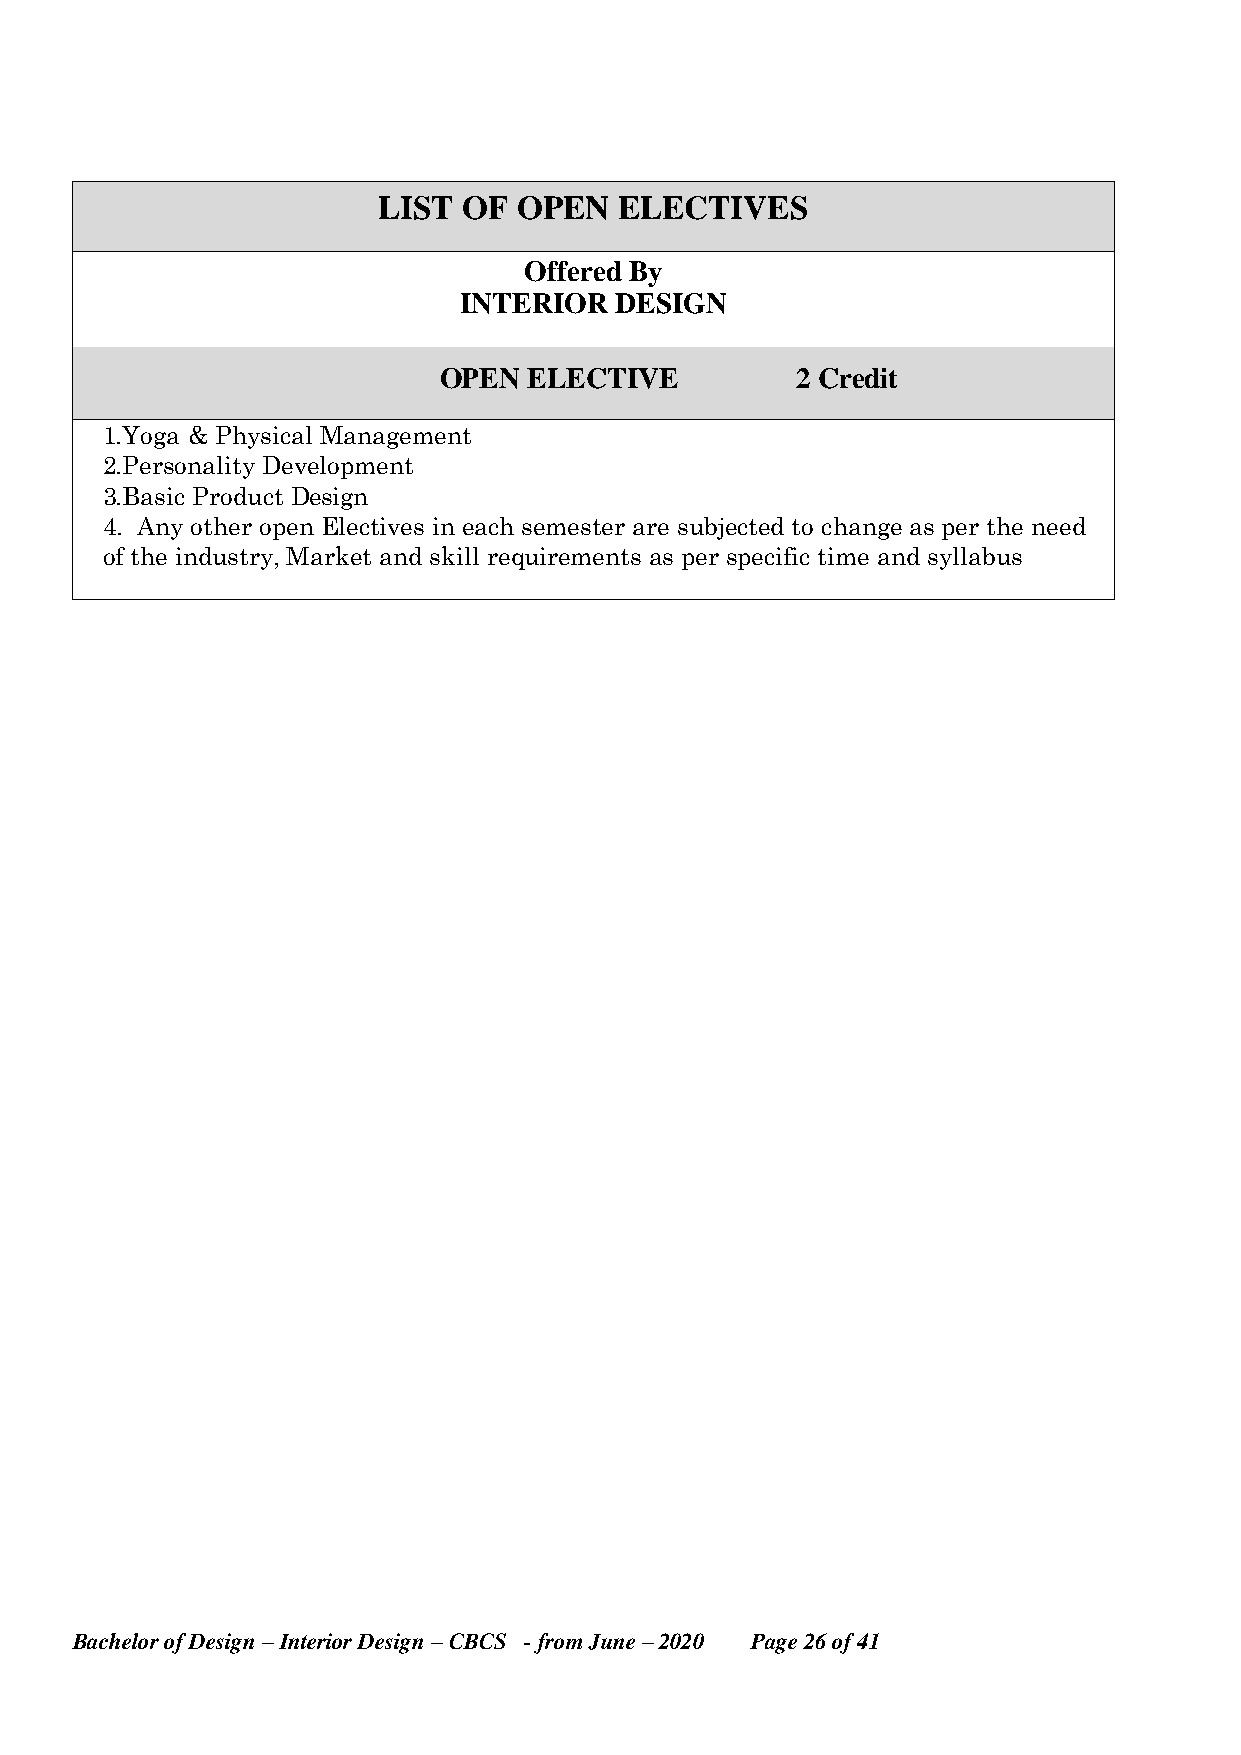
LIST  OF OPEN   ELECTIVES
 Offered By
 INTERIOR   DESIGN
 OPEN  ELECTIVE          2 Credit
 1.Yoga & Physical Management
 2.Personality Development
 3.Basic Product Design
 4. Any other open Electives in each semester are subjected to change as per the need
 of the industry, Market and skill requirements as per specific time and syllabus
 Bachelor of Design – Interior Design – CBCS - from June – 2020 Page 26 of 41